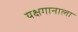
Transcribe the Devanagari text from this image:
यक्षगानाला